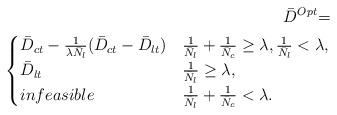
LaTeX: \begin{align*} \bar D^{Opt} {\setlength\arraycolsep{0.3pt}=} \\ \begin{cases} \bar D_{ct} -\frac{1}{\lambda \bar N_l}(\bar D_{ct}-\bar D_{lt}) &\frac{1}{\bar N_l}+\frac{1}{\bar N_c} \ge \lambda,\frac{1}{\bar N_l} < \lambda,\\ \bar D_{lt} &\frac{1}{\bar N_l} \ge \lambda, \\ infeasible &\frac{1}{\bar N_l}+\frac{1}{\bar N_c} < \lambda. \end{cases}\end{align*}